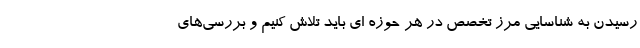
رسیدن به شناسایی مرز تخصص در هر حوزه ای باید تلاش کنیم و بررسی‌های